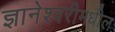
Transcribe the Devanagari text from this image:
ज्ञानेश्वरीमधील